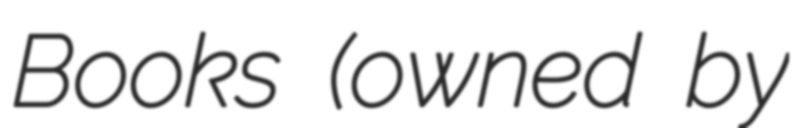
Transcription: Books (owned by